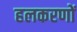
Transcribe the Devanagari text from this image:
हलकरणों